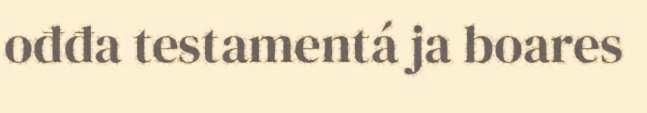
ođđa testamentá ja boares